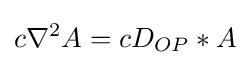
c\nabla ^{2}A=cD_{OP}*A